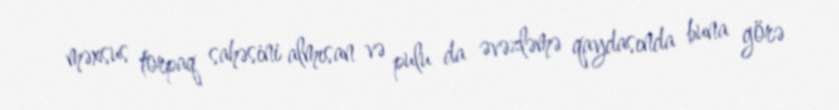
məxsus torpaq sahəsini almısan və pulu da əvəzləmə qaydasında buna görə